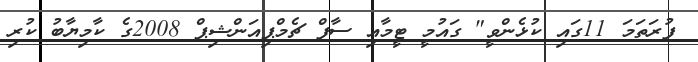
ފުރަތަމަ 11ގައި ކުޅެންވީ" ގައުމީ ޓީމާއި ސާފް ޗެމްޕިއަންޝިޕް 2008ގެ ކާމިޔާބު ކުރި